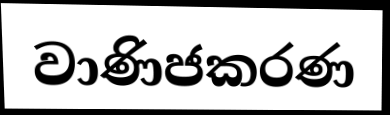
වාණිජකරණ